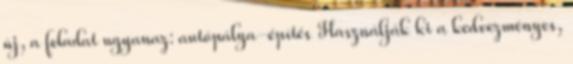
új, a feladat ugyanaz: autópálya-építés Használják ki a kedvezményes,